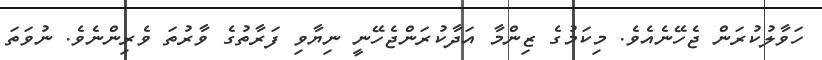
ހަވާލުކުރަން ޖެހޭނެއެވެ. މިކަމުގެ ޒިންމާ އަދާކުރަންޖެހޭނީ ނިޔާވި ފަރާތުގެ ވާރުތަ ވެރިންނެވެ. ނުވަތަ